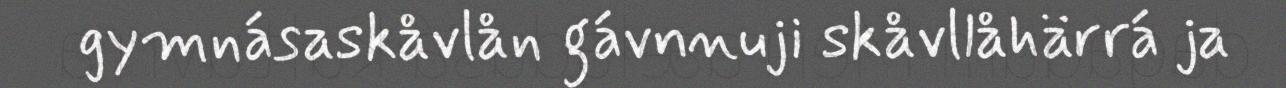
gymnásaskåvlån gávnnuji skåvllåhärrá ja